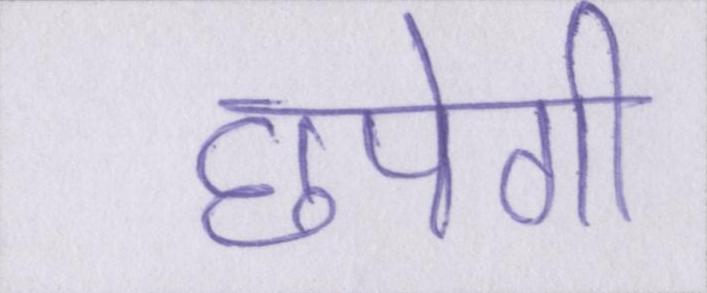
छपेगी